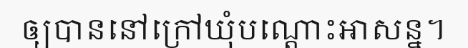
ឲ្យបាននៅក្រៅឃុំបណ្តោះអាសន្ន។